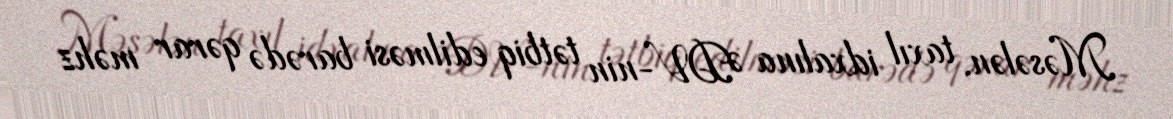
Məsələn, taxıl idxalına ƏDV-nin tətbiq edilməsi barədə qərar məhz